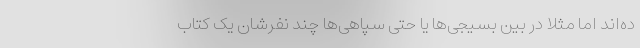
ده‌اند اما مثلا در بین بسیجی‌ها یا حتی سپاهی‌ها چند نفرشان یک کتاب